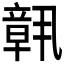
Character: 𬔧